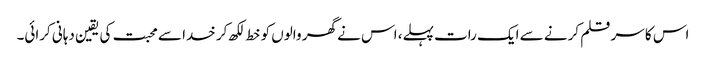
اس کا سر قلم کرنے سے ایک رات پہلے، اس نے گھر والوں کو خط لکھ کر خدا سے محبت کی یقین دہانی کرائی۔